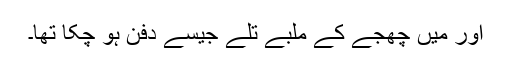
اور میں چھجے کے ملبے تلے جیسے دفن ہو چکا تھا۔